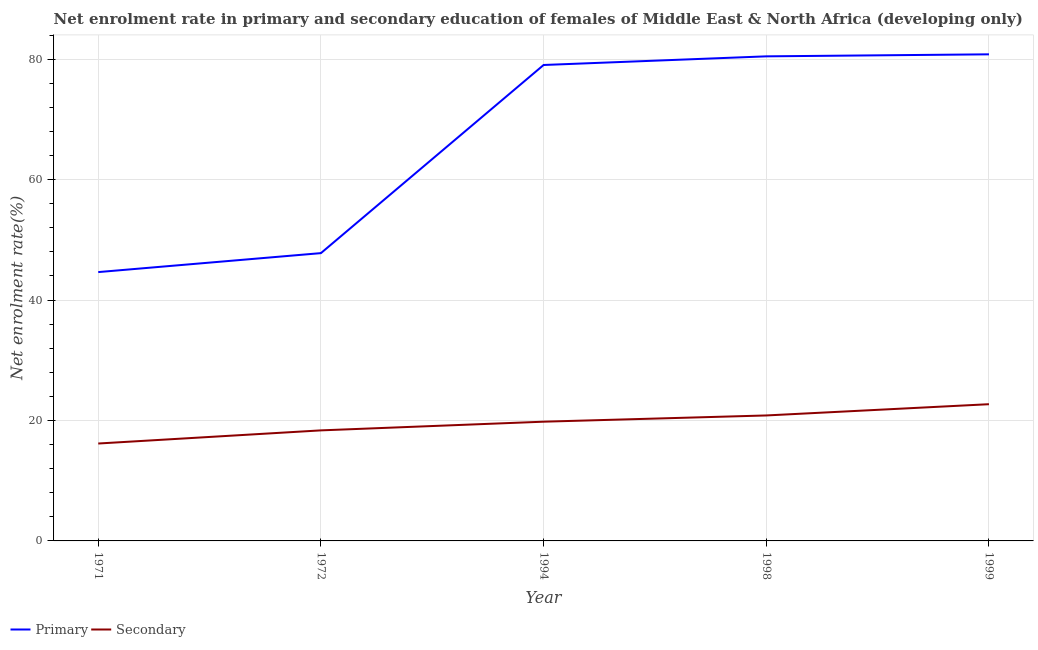
| Year | Primary | Secondary |
 | --- | --- | --- |
 | 1971 | 44.6 | 16.2 |
 | 1972 | 47.8 | 18.4 |
 | 1994 | 79 | 19.8 |
 | 1998 | 80.5 | 20.8 |
 | 1999 | 80.8 | 22.7 |